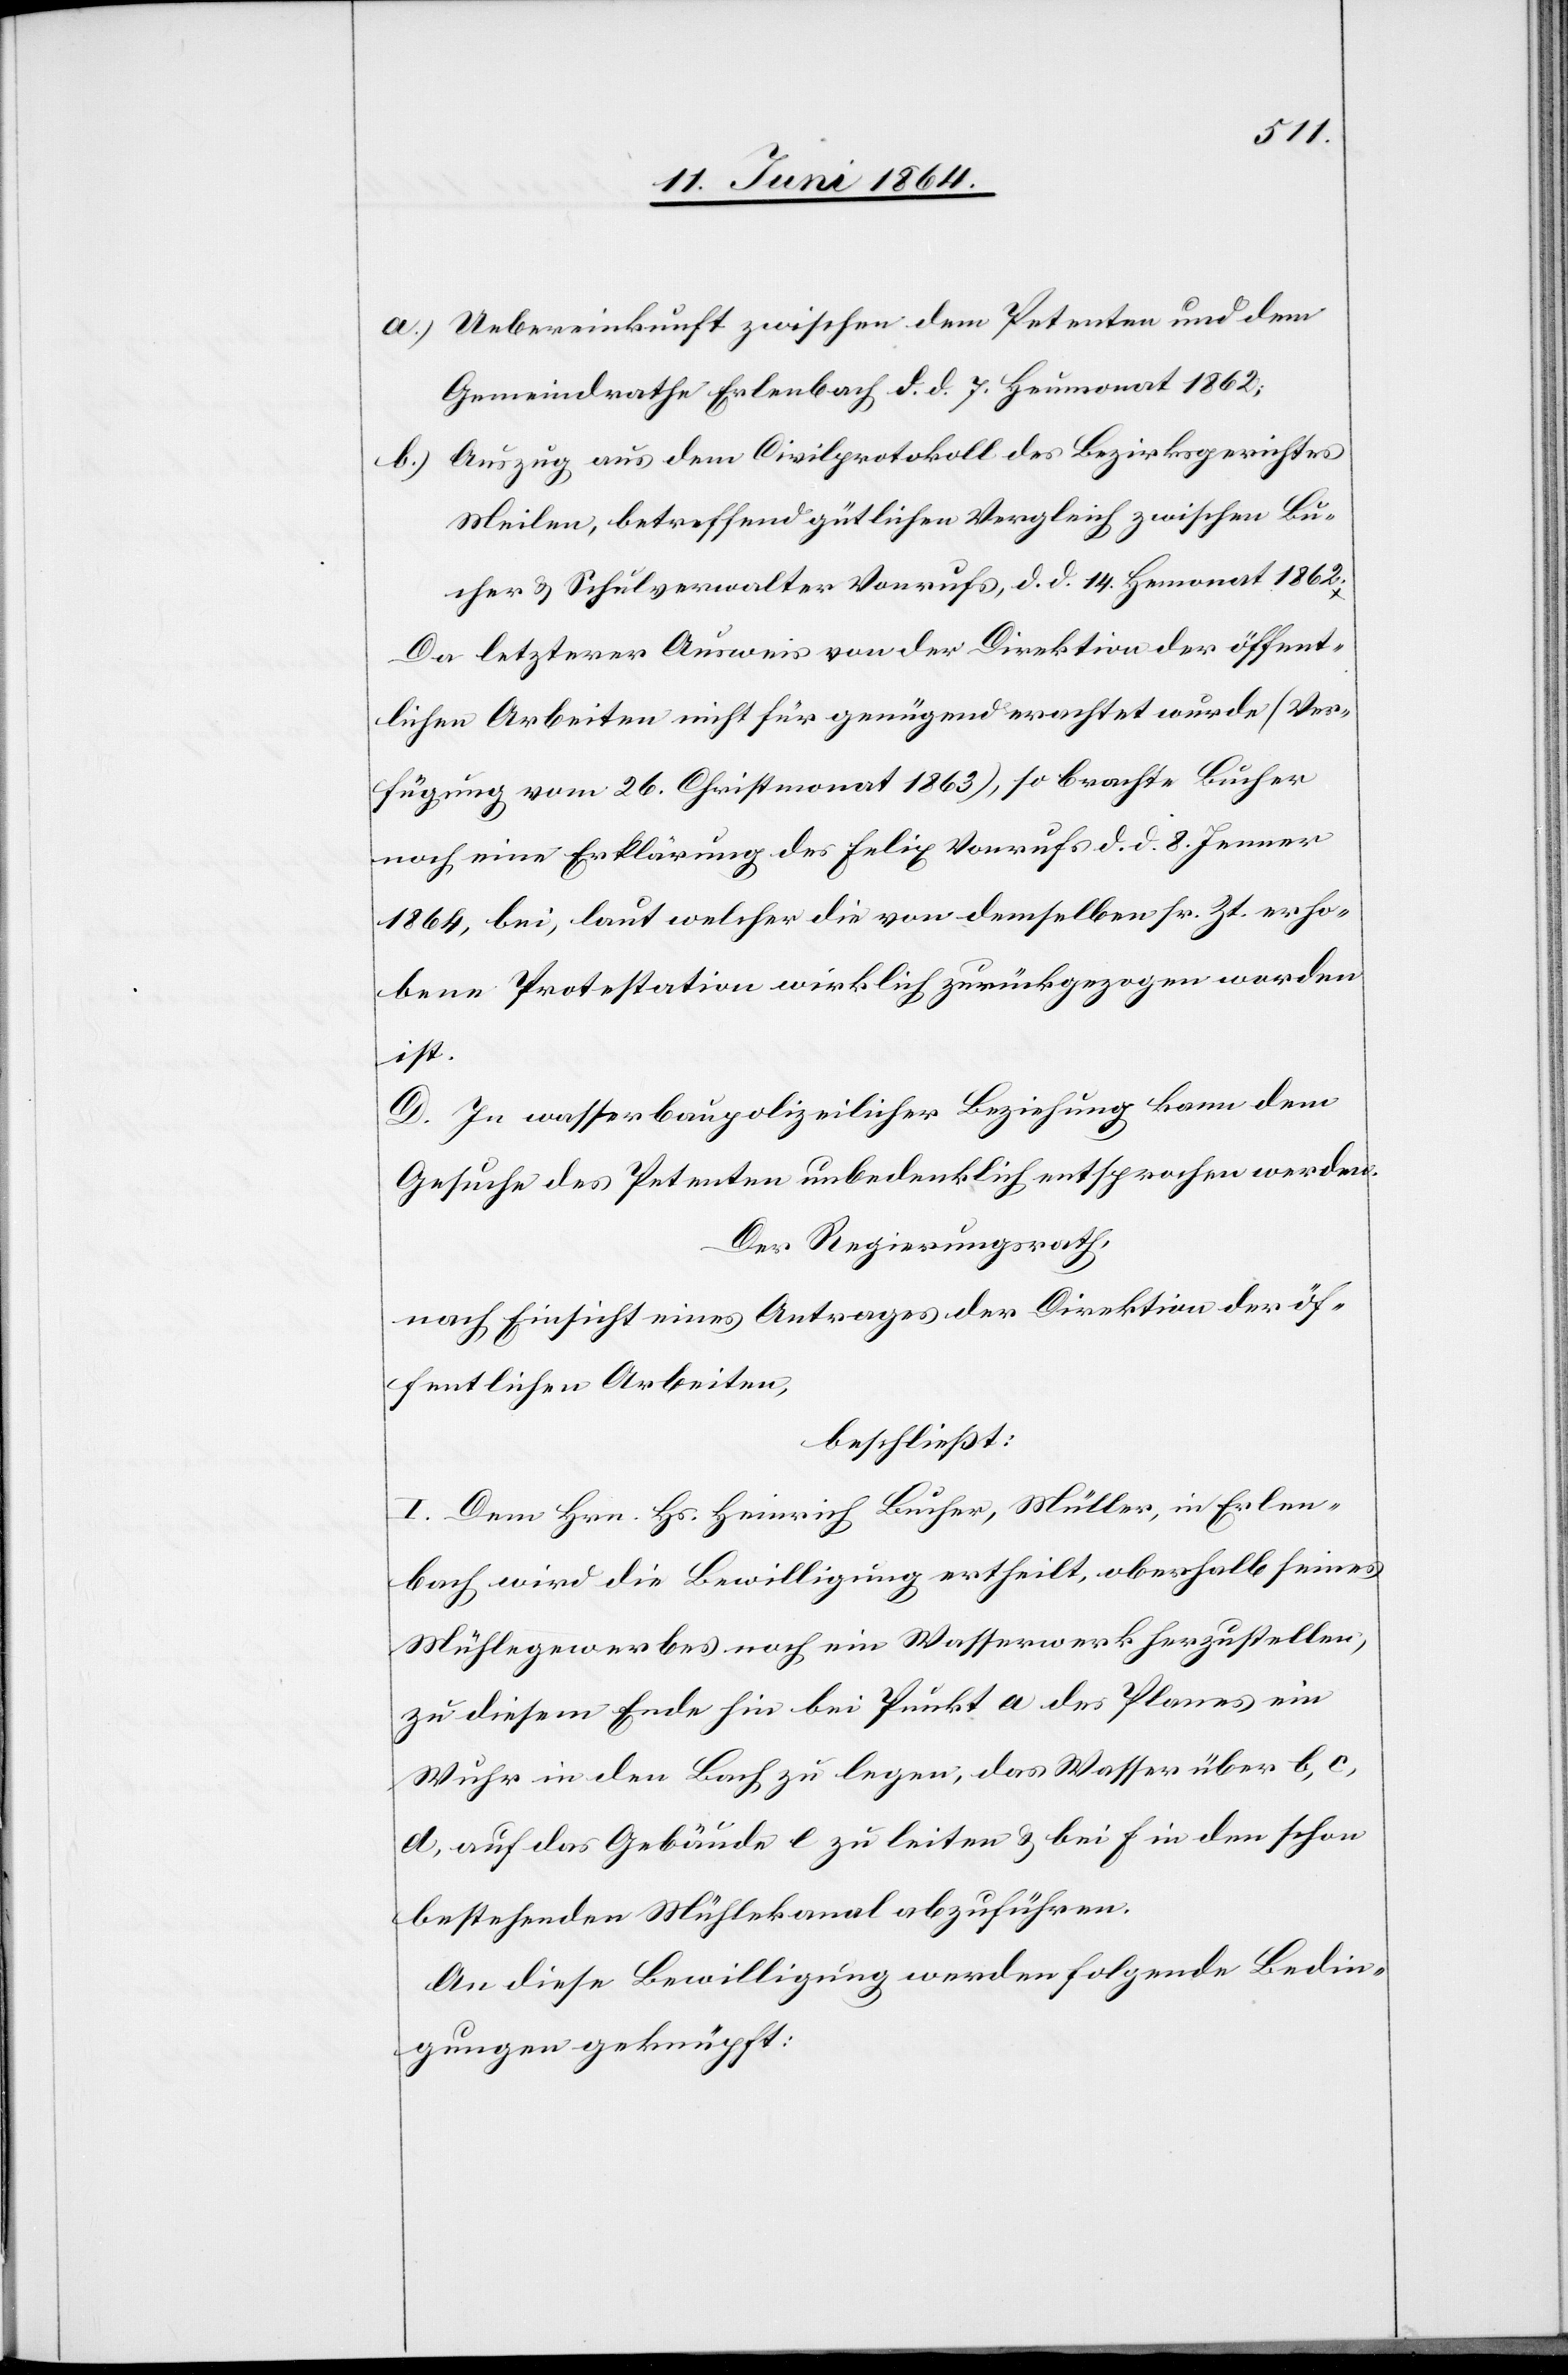
a.) Uebereinkunft zwischen dem Petenten und dem
Gemeindrathe Erlenbach d. d. 7. Heumonat 1862;
b.) Auszug aus dem Civilprotokoll des Bezirksgerichtes
Meilen, betreffend gütlichen Vergleich zwischen Bu¬
cher u. Schulverwalter Vonrufs, d. d. 14. Heumonat 1862.
Da letzterer Ausweis von der Direktion der öffent¬
lichen Arbeiten nicht für genügend erachtet wurde (Ver¬
fügung vom 26. Christmonat 1863), so brachte Bucher
noch eine Erklärung des Felix Vonrufs d. d. 8. Jenner
1864, bei, laut welcher die von demselben sr. Zt. erho¬
bene Protestation wirklich zurückgezogen worden
ist.
D. In wasserbaupolizeilicher Beziehung kann dem
Gesuche des Petenten unbedenklich entsprochen werden.
Der Regierungsrath,
nach Einsicht eines Antrages der Direktion der öf¬
fentlichen Arbeiten,
beschließt:
I. Dem Hrn. Hs. Heinrich Bucher, Müller, in Erlen¬
bach wird die Bewilligung ertheilt, oberhalb seines
Mühlegewerbes noch ein Wasserwerk herzustellen,
zu diesem Ende hin bei Punkt a des Planes ein
Wuhr in den Bach zu legen, das Wasser über b, c,
d, auf das Gebäude e zu leiten u. bei f in den schon
bestehenden Müllerkanal abzuführen.
An diese Bewilligung werden folgende Bedin¬
gungen geknüpft: